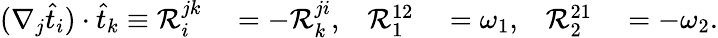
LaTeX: \begin{array}{rlrlrl}{(\nabla_{j}\widehat{t}_{i})\cdot\widehat{t}_{k}\equiv\mathcal{R}_{i}^{jk}}&{{}=-\mathcal{R}_{k}^{ji},}&{\mathcal{R}_{1}^{12}}&{{}=\omega_{1},}&{\mathcal{R}_{2}^{21}}&{{}=-\omega_{2}.}\end{array}